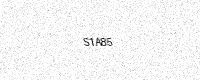
Text: S1A85